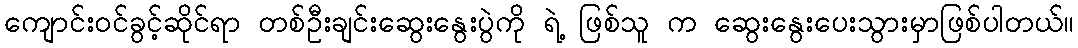
ကျောင်းဝင်ခွင့်ဆိုင်ရာ တစ်ဦးချင်းဆွေးနွေးပွဲကို ရဲ့ ဖြစ်သူ က ဆွေးနွေးပေးသွားမှာဖြစ်ပါတယ်။